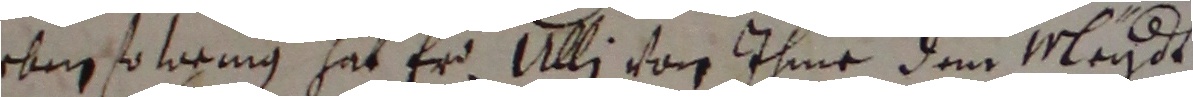
eben solring hat er Ulli von ihme dem meydt